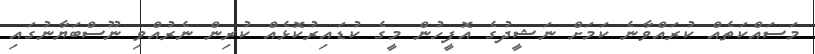
މަސައްކަތެއް ކުރައްވާނެ ކަމަށް ނަޝީދުގެ އޮފީހުން މީގެ ކުޑައިރުކޮޅެއް ކުރިން ނެރުއްވި ނޫސްބަޔާނުގައި